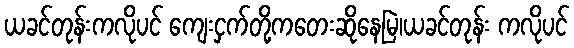
ယခင်တုန်းကလိုပင် ကျေးငှက်တို့ကတေးဆိုနေမြဲ၊ယခင်တုန်း ကလိုပင်